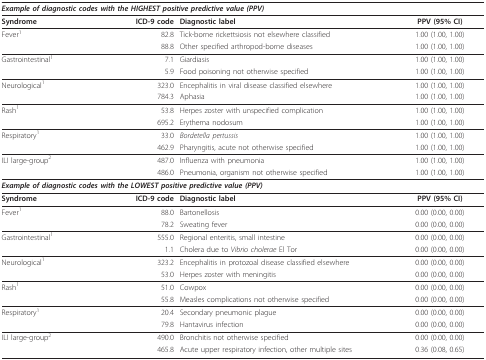
<table><thead><tr><td colspan="4"><b><i>Example of diagnostic codes with the HIGHEST positive predictive value (PPV)</i></b></td></tr></thead><tbody><tr><td><b>Syndrome</b></td><td><b>ICD-9 code</b></td><td><b>Diagnostic label</b></td><td><b>PPV (95% CI)</b></td></tr><tr><td>Fever<sup>1</sup></td><td>82.8</td><td>Tick-borne rickettsiosis not elsewhere classified</td><td>1.00 (1.00, 1.00)</td></tr><tr><td></td><td>88.8</td><td>Other specified arthropod-borne diseases</td><td>1.00 (1.00, 1.00)</td></tr><tr><td>Gastrointestinal<sup>1</sup></td><td>7.1</td><td>Giardiasis</td><td>1.00 (1.00, 1.00)</td></tr><tr><td></td><td>5.9</td><td>Food poisoning not otherwise specified</td><td>1.00 (1.00, 1.00)</td></tr><tr><td>Neurological<sup>1</sup></td><td>323.0</td><td>Encephalitis in viral disease classified elsewhere</td><td>1.00 (1.00, 1.00)</td></tr><tr><td></td><td>784.3</td><td>Aphasia</td><td>1.00 (1.00, 1.00)</td></tr><tr><td>Rash<sup>1</sup></td><td>53.8</td><td>Herpes zoster with unspecified complication</td><td>1.00 (1.00, 1.00)</td></tr><tr><td></td><td>695.2</td><td>Erythema nodosum</td><td>1.00 (1.00, 1.00)</td></tr><tr><td>Respiratory<sup>1</sup></td><td>33.0</td><td><i>Bordetella pertussis</i></td><td>1.00 (1.00, 1.00)</td></tr><tr><td></td><td>462.9</td><td>Pharyngitis, acute not otherwise specified</td><td>1.00 (1.00, 1.00)</td></tr><tr><td>ILI large-group<sup>2</sup></td><td>487.0</td><td>Influenza with pneumonia</td><td>1.00 (1.00, 1.00)</td></tr><tr><td></td><td>486.0</td><td>Pneumonia, organism not otherwise specified</td><td>1.00 (1.00, 1.00)</td></tr><tr><td colspan="4"><b><i>Example of diagnostic codes with the LOWEST positive predictive value (PPV)</i></b></td></tr><tr><td><b>Syndrome</b></td><td><b>ICD-9 code</b></td><td><b>Diagnostic label</b></td><td><b>PPV (95% CI)</b></td></tr><tr><td>Fever<sup>1</sup></td><td>88.0</td><td>Bartonellosis</td><td>0.00 (0.00, 0.00)</td></tr><tr><td></td><td>78.2</td><td>Sweating fever</td><td>0.00 (0.00, 0.00)</td></tr><tr><td>Gastrointestinal<sup>1</sup></td><td>555.0</td><td>Regional enteritis, small intestine</td><td>0.00 (0.00, 0.00)</td></tr><tr><td></td><td>1.1</td><td>Cholera due to <i>Vibrio cholerae </i>El Tor</td><td>0.00 (0.00, 0.00)</td></tr><tr><td>Neurological<sup>1</sup></td><td>323.2</td><td>Encephalitis in protozoal disease classified elsewhere</td><td>0.00 (0.00, 0.00)</td></tr><tr><td></td><td>53.0</td><td>Herpes zoster with meningitis</td><td>0.00 (0.00, 0.00)</td></tr><tr><td>Rash<sup>1</sup></td><td>51.0</td><td>Cowpox</td><td>0.00 (0.00, 0.00)</td></tr><tr><td></td><td>55.8</td><td>Measles complications not otherwise specified</td><td>0.00 (0.00, 0.00)</td></tr><tr><td>Respiratory<sup>1</sup></td><td>20.4</td><td>Secondary pneumonic plague</td><td>0.00 (0.00, 0.00)</td></tr><tr><td></td><td>79.8</td><td>Hantavirus infection</td><td>0.00 (0.00, 0.00)</td></tr><tr><td>ILI large-group<sup>2</sup></td><td>490.0</td><td>Bronchitis not otherwise specified</td><td>0.00 (0.00, 0.00)</td></tr><tr><td></td><td>465.8</td><td>Acute upper respiratory infection, other multiple sites</td><td>0.36 (0.08, 0.65)</td></tr></tbody></table>